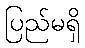
ပြည်မရှိ